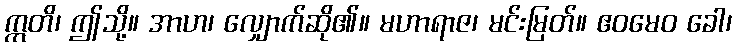
ဣတိ၊ ဤသို့။ အာဟ၊ လျှောက်ဆို၏။ မဟာရာဇ၊ မင်းမြတ်။ ဧဝမေဝ ခေါ၊